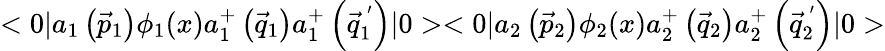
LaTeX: <0|a_{1}\left(\vec{p}_{1}\right){\phi}_{1}(x)a_{1}^{+}\left(\vec{q}_{1}\right)a_{1}^{+}\left(\vec{q}_{1}^{\, ^{\prime}}\right)|0><0|a_{2}\left(\vec{p}_{2}\right){\phi}_{2}(x)a_{2}^{+}\left(\vec{q}_{2}\right)a_{2}^{+}\left(\vec{q}_{2}^{\, ^{\prime}}\right)|0>